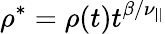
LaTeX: \rho^{*}=\rho(t)t^{\beta/\nu_{||}}